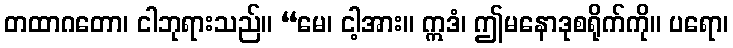
တထာဂတော၊ ငါဘုရားသည်။ “မေ၊ ငါ့အား။ ဣဒံ၊ ဤမနောဒုစရိုက်ကို။ ပရော၊